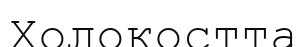
Холокостта